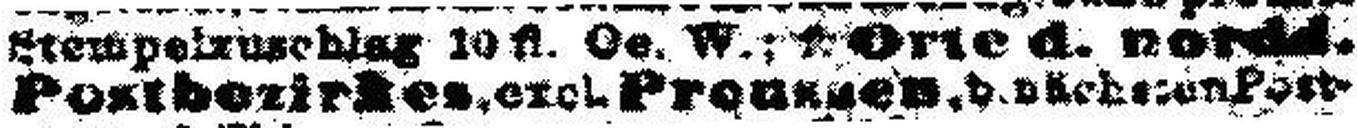
Postbezirkes, exel.Preussen.d.nächsten Post¬